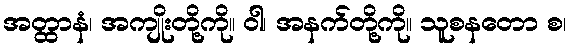
အတ္ထာနံ၊ အကျိုးတို့ကို။ ဝါ၊ အနက်တို့ကို။ သူစနတော စ၊